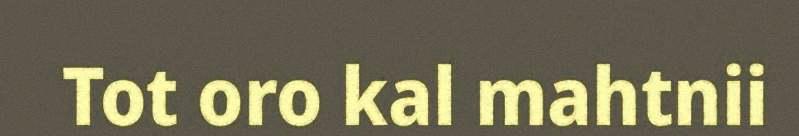
Tot oro kal mahtnii